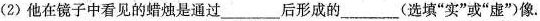
(2)他在镜子中看见的蜡烛是通过\underline后形成的\underline(选填”实”或”虚”)像。